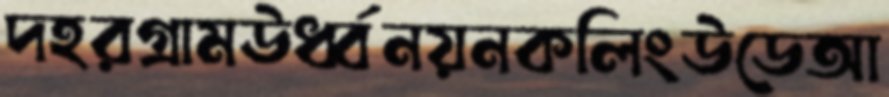
দহরগ্রামঊর্ধ্বনয়নকলিংউডেআ